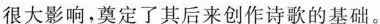
很大影响，奠定了其后来创作诗歌的基础。